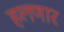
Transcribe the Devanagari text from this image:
हलणार